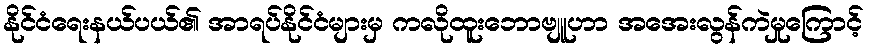
နိုင်ငံရေးနယ်ပယ်၏ အာရပ်နိုင်ငံများမှ ကလိုထူးဘောဗျူဟာ အအေးလွန်ကဲမှုကြောင့်